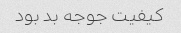
کیفیت جوجه بد بود